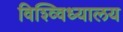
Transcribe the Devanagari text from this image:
विश्व्विध्यालय